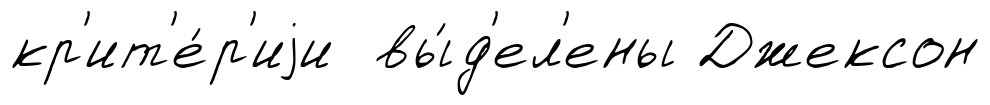
кр'ит'е́р'иjи вы́д'ел'ены Джексон